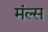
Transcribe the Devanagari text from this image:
मंल्स